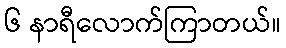
၆ နာရီလောက်ကြာတယ်။